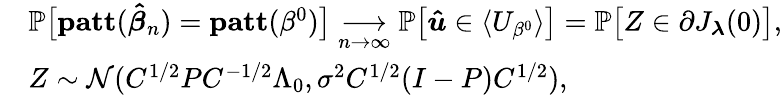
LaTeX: \begin{array}{rl}&{\mathbb{P}\big[\mathbf{patt}(\boldsymbol{\hat{\beta}}_{n})=\mathbf{patt}(\beta^{0})\big]\underset{n\rightarrow\infty}{\longrightarrow}\mathbb{P}\big[\boldsymbol{\hat{u}}\in\langle U_{\beta^{0}}\rangle\big]=\mathbb{P}\big[Z\in\partial J_{\boldsymbol{\lambda}}(0)\big],}\\ &{Z\sim\mathcal{N}(C^{1/2}PC^{-1/2}\Lambda_{0},\sigma^{2}C^{1/2}(I-P)C^{1/2}),}\end{array}